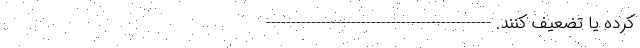
کرده یا تضعیف کنند. ---------------------------------------------